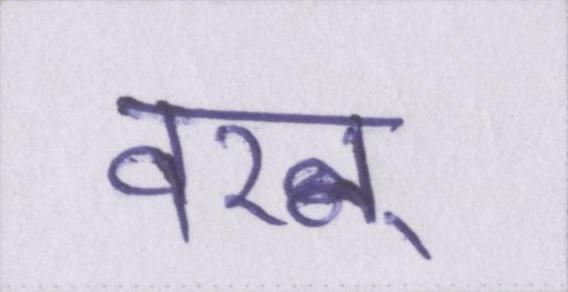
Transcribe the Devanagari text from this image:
वरन्